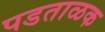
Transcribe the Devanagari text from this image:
पडताळक